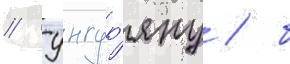
// Унгур'яну / б